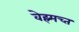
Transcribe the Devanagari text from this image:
वेह्र्मच्त